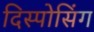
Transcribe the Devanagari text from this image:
दिस्पोसिंग